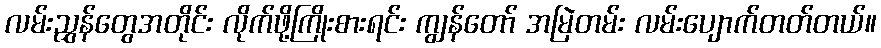
လမ်းညွှန်တွေအတိုင်း လိုက်ဖို့ကြိုးစားရင်း ကျွန်တော် အမြဲတမ်း လမ်းပျောက်တတ်တယ်။